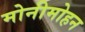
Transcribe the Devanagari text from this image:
मोनीमोहन